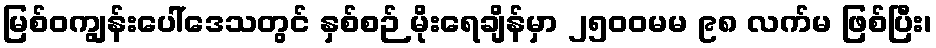
မြစ်ဝကျွန်းပေါ်ဒေသတွင် နှစ်စဉ် မိုးရေချိန်မှာ ၂၅၀၀မမ ၉၈ လက်မ ဖြစ်ပြီး၊